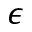
\epsilon